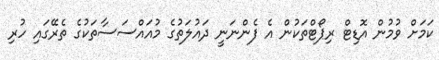
ކަމަށް ވުމުން އޮޑިޓް ރިޕޯޓްތަކުން އެ ފެންނަނީ ދައުލަތުގެ މުއައްސަސާތަކުގެ ތެރޭގައި ހުރި